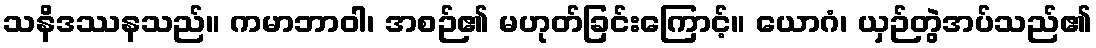
သနိဒဿနသည်။ ကမာဘာဝါ၊ အစဉ်၏ မဟုတ်ခြင်းကြောင့်။ ယောဂံ၊ ယှဉ်တွဲအပ်သည်၏